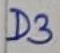
Text: D3